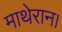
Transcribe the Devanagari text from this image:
माथेरान।